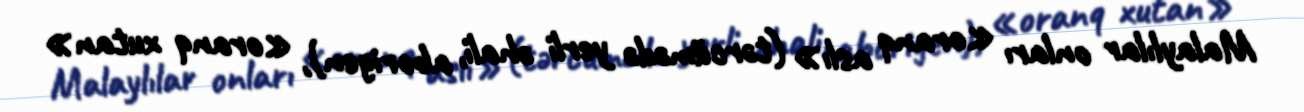
Malaylılar onları «oranq aslı» (tərcümədə yerli əhali, aborigen), «oranq xutan»